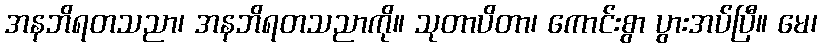
အနဘိရတသညာ၊ အနဘိရတသညာကို။ သုတာပိတာ၊ ကောင်းစွာ ပွားအပ်ပြီ။ မေ၊